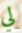
لي